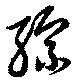
綜